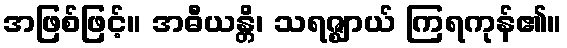
အဖြစ်ဖြင့်။ အဓီယန္တိ၊ သရဇ္ဈာယ် ကြရကုန်၏။